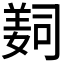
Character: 𦎛